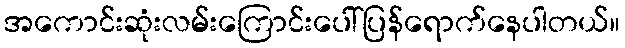
အကောင်းဆုံးလမ်းကြောင်းပေါ်ပြန်ရောက်နေပါတယ်။